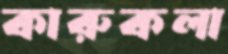
কারুকলা